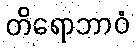
တိရောဘာဝံ